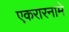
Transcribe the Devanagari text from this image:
एकरारनामे